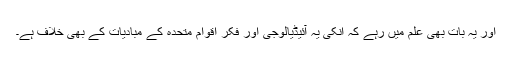
اور یہ بات بهى علم میں رہے کہ انکى یہ آئیڈیالوجى اور فکر اقوام متحده کے مبادیات کے بهى خلاف ہے۔